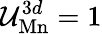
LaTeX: \mathcal{U}_{\mathrm{{Mn}}}^{3d}=1